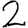
Digit: 2